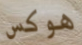
هوكس